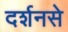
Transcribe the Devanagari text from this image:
दर्शनसे